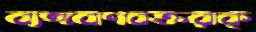
ব্যঙ্গবাণবক্তরাক্